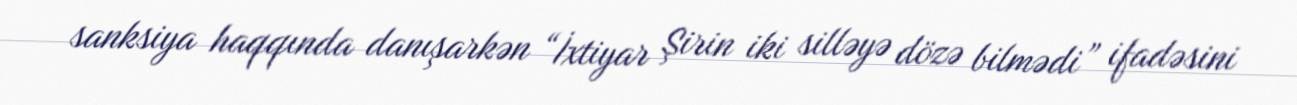
sanksiya haqqında danışarkən “İxtiyar Şirin iki silləyə dözə bilmədi” ifadəsini